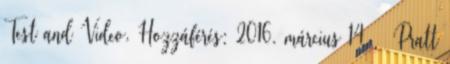
Test and Video. Hozzáférés: 2016. március 14. ↑ Pratt